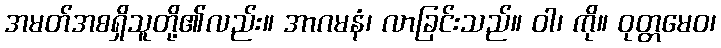
အမတ်အစရှိသူတို့၏လည်း။ အာဂမနံ၊ လာခြင်းသည်။ ဝါ၊ ကို။ ဝုတ္တမေဝ၊